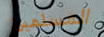
المسلمين